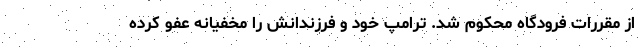
از مقررات فرودگاه محکوم شد. ترامپ خود و فرزندانش را مخفیانه عفو کرده